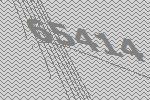
65414